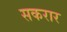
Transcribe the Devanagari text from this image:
सकरार